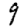
Digit: 9